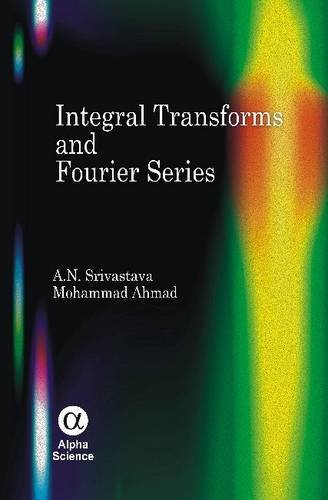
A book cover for Integral Transforms and Fourier Series; A. N. Srivastava; Science & Math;